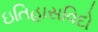
ઇતિહાસવિદો